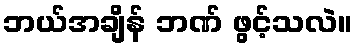
ဘယ်အချိန် ဘဏ် ဖွင့်သလဲ။